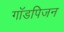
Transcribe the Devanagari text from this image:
गॉडपिजन